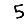
Digit: 5